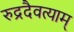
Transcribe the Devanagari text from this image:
रुद्रदैवत्याम्